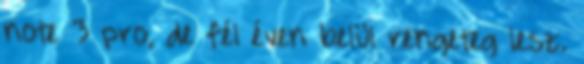
note 3 pro, de fél éven belül rengeteg lesz.